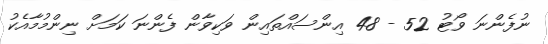
ނުފެންނަ ވޯޓު 52 - 48 އިންސައްތައިން ވަކިވާން ފެންނަ ކަމަށް ނިންމުމާއެކު